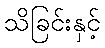
သိခြင်းနှင့်